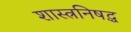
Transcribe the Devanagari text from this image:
शास्त्रनिषद्ध